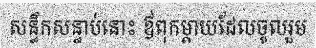
សន្ធឹកសន្ធាប់នោះ ឪពុកម្តាយដែលចូលរួម